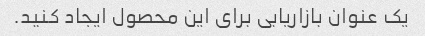
یک عنوان بازاریابی برای این محصول ایجاد کنید.